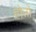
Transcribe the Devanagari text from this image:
होतों